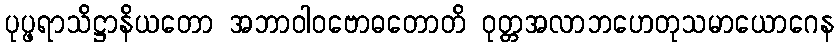
ပုပ္ဖရာသိဋ္ဌာနိယတော အဘာဝါဝဗောဓတောတိ ဝုတ္တအလာဘဟေတုသမာယောဂေန